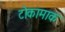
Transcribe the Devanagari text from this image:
टोकामाक